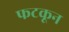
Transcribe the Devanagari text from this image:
फटकून